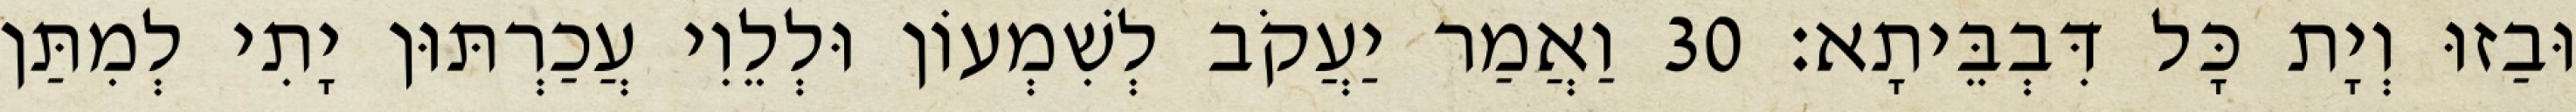
וּבַזוּ וְיָת כָּל דִּבְבֵּיתָא׃ 30 וַאֲמַר יַעֲקֹב לְשִׁמְעוֹן וּלְלֵוִי עֲכַרְתּוּן יָתִי לְמִתַּן